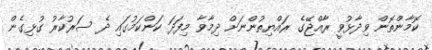
ކޮމާންތޮން ވިދާާޅުވީ ރާއްޖޭގެ ރައްޔިތުންނަށް ދިމާވާ މިފަދަ ކަންކަމުގައި ދެ ސަރުކާރު ގުޅިގެން